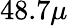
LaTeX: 48.7\mu